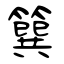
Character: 簨